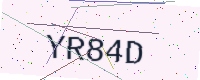
Text: YR84D